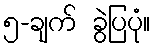
၅-ချက် ခွဲပြပုံ။